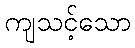
ကျသင့်သော